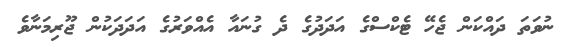
ނުވަތަ ދައްކަން ޖެހޭ ޓެކްސްގެ އަދަދުގެ ދެ ގުނައާ އެއްވަރުގެ އަދަދަކުން ޖޫރިމަނާވެ